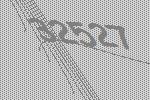
32527